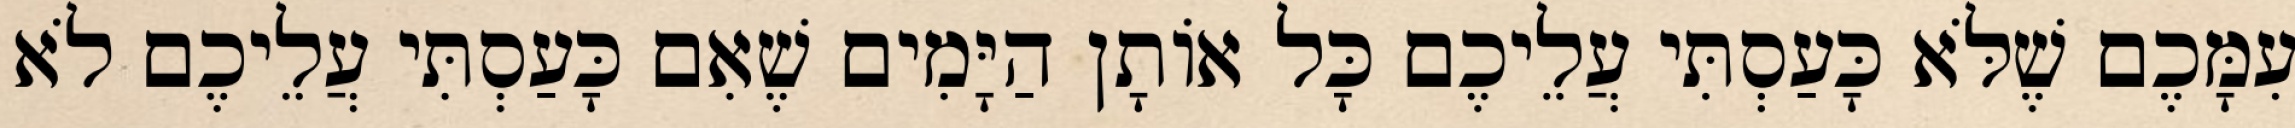
עִמָּכֶם שֶׁלֹּא כָּעַסְתִּי עֲלֵיכֶם כָּל אוֹתָן הַיָּמִים שֶׁאִם כָּעַסְתִּי עֲלֵיכֶם לֹא